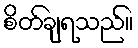
စိတ်ချရသည်။